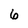
Character: 6